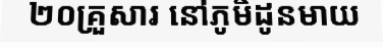
២០គ្រួសារ នៅភូមិដូនមាយ